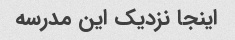
اینجا نزدیک این مدرسه